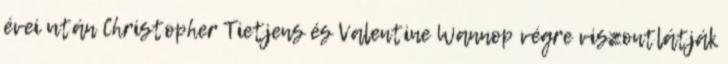
évei után Christopher Tietjens és Valentine Wannop végre viszontlátják